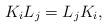
LaTeX: \begin{align*} K_i L_j = L_j K_i,\end{align*}